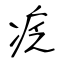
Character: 疺